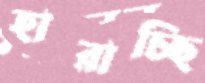
হারাচ্ছি